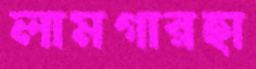
লামগারহা